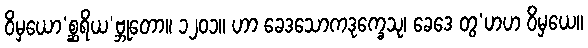
ဝိမှယော’စ္ဆရိယ’ဗ္ဘုတော။ ၁၂၀၁။ ဟာ ခေဒသောကဒုက္ခေသု၊ ခေဒေ တွ’ဟဟ ဝိမှယေ။